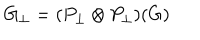
G _ { \perp } = ( P _ { \perp } \otimes P _ { \perp } ) ( G )